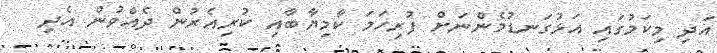
އަދި މިކަމުގައި އަޅުގަނޑުމެންނަށް ފުރިހަމަ ކާމިޔާބާއި ކުރިއެރުން ދެއްވުން އެދި